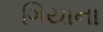
ગિયાના